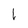
Character: l